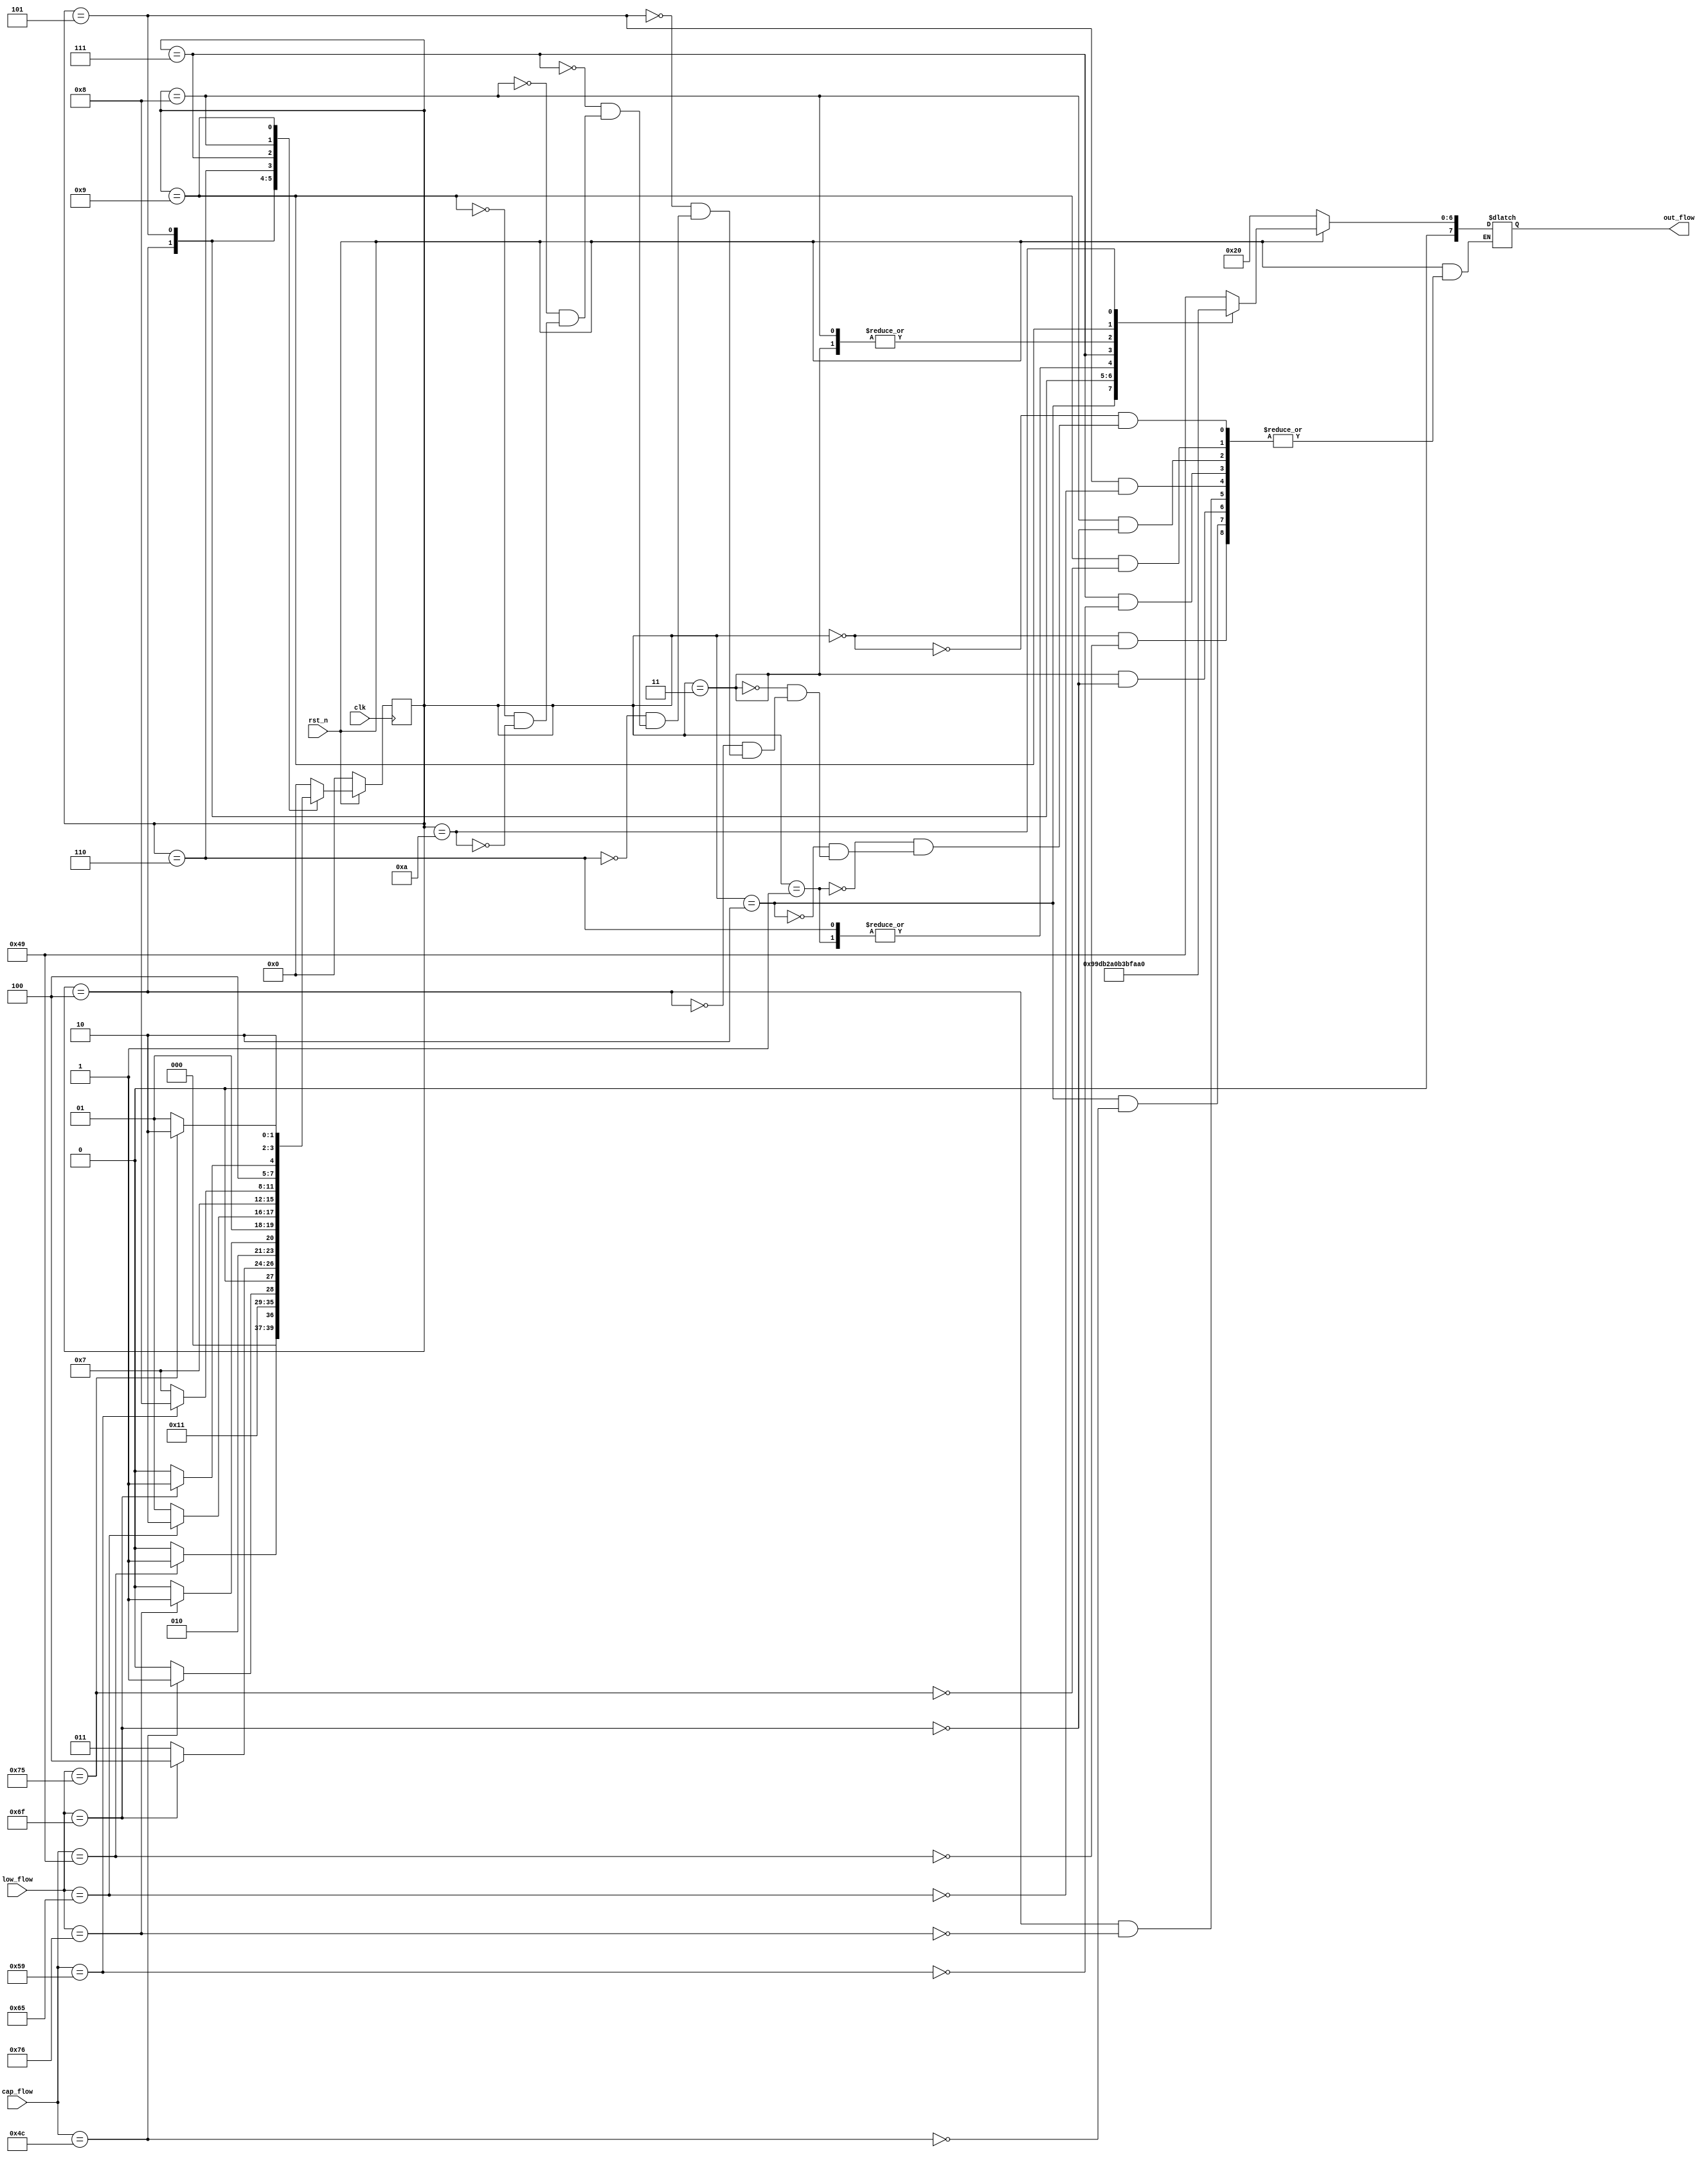
module check_iloveyou_2state(clk, rst_n, cap_flow, low_flow, out_flow);

	input clk;
	input rst_n;
	input [7:0] cap_flow;
	input [7:0] low_flow;

	output reg [7:0] out_flow;
	
	reg [3:0] current_state;
	reg [3:0] next_state;
	
	parameter	s0 = 4'b0000,
					s1 = 4'b0001,
					s2 = 4'b0010,
					s3 = 4'b0011,
					s4 = 4'b0100,
					s5 = 4'b0101,
					s6 = 4'b0110,
					s7 = 4'b0111,
					s8 = 4'b1000,
					s9 = 4'b1001,
					s10 = 4'b1010;
	
	always @ (posedge clk)
	begin
		current_state <= next_state;
	end
					
	always @ (*)   //* 
	begin
		if(!rst_n)
			begin
				next_state <= s0;
				out_flow <= " ";
			end
		else
			begin
				case(current_state)
					s0	:	begin
								if(cap_flow == "I")
									begin
										next_state <= s1;
										out_flow <= "I";
									end
								else
									next_state <= s0;
							end
							
					s1	:	begin
								out_flow <= " ";
								next_state <= s2;
							end
							
					s2	:	begin
								if(cap_flow == "L")
									begin
										next_state <= s3;
										out_flow <= "L";
									end
								else
									next_state <= s2;
							end
							
					s3	:	begin
								if(low_flow == "o")
									begin
										next_state <= s4;
										out_flow <= "o";
									end
								else
									next_state <= s3;
							end
									
					s4	:	begin
								if(low_flow == "v")
									begin
										next_state <= s5;
										out_flow <= "v";
									end
								else
									next_state <= s4;
							end
							
					s5	:	begin
								if(low_flow == "e")
									begin
										next_state <= s6;
										out_flow <= "e";
									end
								else
									next_state <= s5;
							end
							
					s6	:	begin
								out_flow <= " ";
								next_state <= s7;
							end
							
					s7	:	begin
								if(cap_flow == "Y")
									begin
										next_state <= s8;
										out_flow <= "Y";
									end
								else
									next_state <= s7;
							end
					
					s8	:	begin
								if(low_flow == "o")
									begin
										next_state <= s9;
										out_flow <= "o";
									end
								else
									next_state <= s8;
							end
							
					s9	:	begin
								if(low_flow == "u")
									begin
										next_state <= s10;
										out_flow <= "u";
									end
								else
									next_state <= s9;
							end
							
					s10 :	begin
								out_flow <= "!";
								next_state <= s0;
							end
							
					default	:	next_state <= s0;
				endcase
			end
	end

endmodule